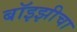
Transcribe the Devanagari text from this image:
बॉइझीचा